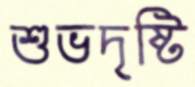
শুভদৃষ্টি